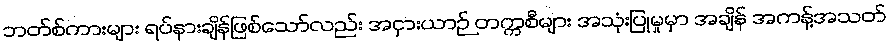
ဘတ်စ်ကားများ ရပ်နားချိန်ဖြစ်သော်လည်း အငှားယာဉ် တက္ကစီများ အသုံးပြုမှုမှာ အချိန် အကန့်အသတ်